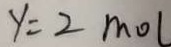
y = 2 m o l